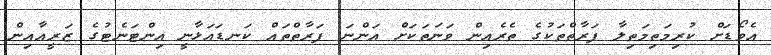
އެވޯޑަށް ކުރިމަތިމަތިލާ ފަރާތްތަކުގެ ތެރެއިން ވަނަތަކަށް އަންނަ ފަރާތްތައް ކަނޑައަޅާނީ އިންޓަނެޓުގެ ޒަރީއާއިން